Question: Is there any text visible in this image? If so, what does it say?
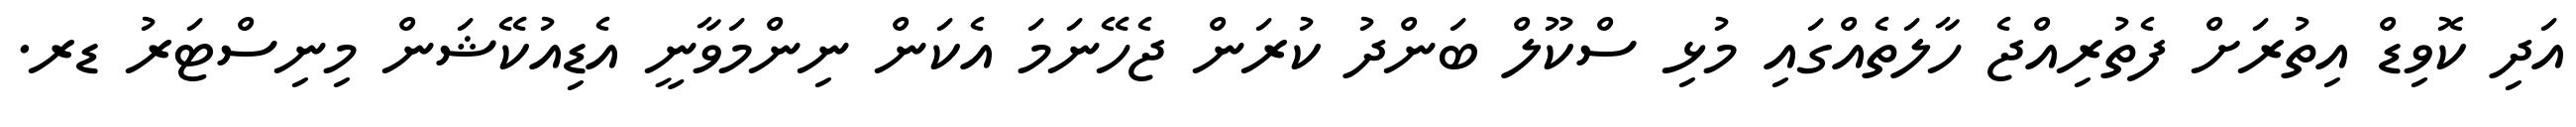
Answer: އަދި ކޮވިޑް އިތުރަށް ފެތުރިއްޖެ ހާލަތެއްގައި މުޅި ސްކޫލް ބަންދު ކުރަން ޖެހޭނަމަ އެކަން ނިންމަވާނީ އެޑިއުކޭޝަން މިނިސްޓަރު ޑރ.